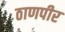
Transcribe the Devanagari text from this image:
ठाणपीर